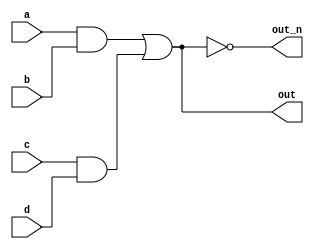
`default_nettype none
module top_module(
  input a,
  input b,
  input c,
  input d,
  output out,
  output out_n   ); 

  wire and_a_b, and_c_d, or_ab_cd;
  assign {and_a_b, 
          and_c_d} = {
          a & b, 
          c & d};
  assign or_ab_cd = and_a_b | and_c_d;
  assign out = or_ab_cd;
  assign out_n = ~or_ab_cd;
endmodule